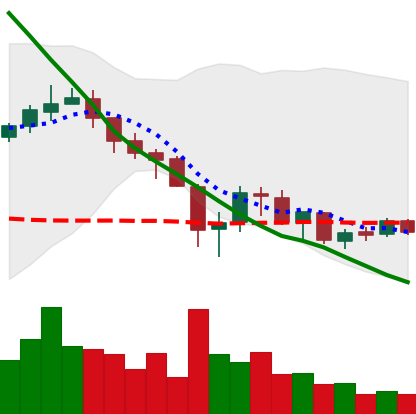
Ticker: XRP-USD
Chart end date: 2018-05-21
Forward return: -10.106%
Label: down_7plus